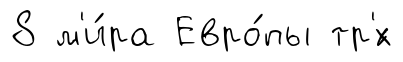
8 м'и́ра Евро́пы тр'́х